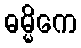
ဓမ္မိကေ